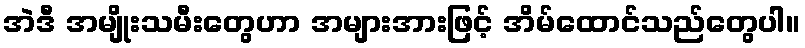
အဲဒီ အမျိုးသမီးတွေဟာ အများအားဖြင့် အိမ်ထောင်သည်တွေပါ။